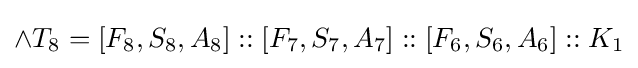
\land T_{8}=[F_{8},S_{8},A_{8}]::[F_{7},S_{7},A_{7}]::[F_{6},S_{6},A_{6}]::K_{1}